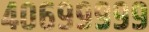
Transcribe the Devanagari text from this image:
४०६९९९९९